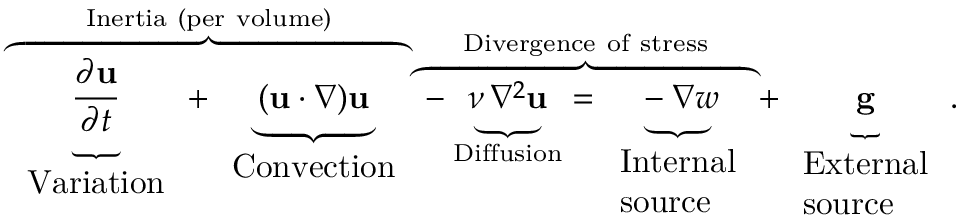
\overbrace { \underbrace { \frac { \partial \mathbf { u } } { \partial t } } _ { \begin{array} { l } { { \mathrm { V a r i a t i o n } } } \end{array} } + \underbrace { ( \mathbf { u } \cdot \nabla ) \mathbf { u } } _ { \begin{array} { l } { { \mathrm { C o n v e c t i o n } } } \end{array} } } ^ { \mathrm { I n e r t i a ~ ( p e r ~ v o l u m e ) } } \overbrace { - \underbrace { \nu \, \nabla ^ { 2 } \mathbf { u } } _ { \mathrm { D i f f u s i o n } } = \underbrace { - \nabla w } _ { \begin{array} { l } { { \mathrm { I n t e r n a l } } } \\ { { \mathrm { s o u r c e } } } \end{array} } } ^ { \mathrm { D i v e r g e n c e ~ o f ~ s t r e s s } } + \underbrace { \mathbf { g } } _ { \begin{array} { l } { { \mathrm { E x t e r n a l } } } \\ { { \mathrm { s o u r c e } } } \end{array} } .